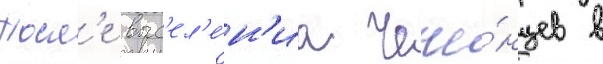
Посл'е выс'ел'е́н'иа чече́нцев в